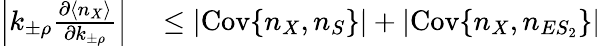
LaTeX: \begin{array}{rl}{\left|k_{\pm\rho}\frac{\partial\langle n_{X}\rangle}{\partial k_{\pm\rho}}\right|}&{{}\leq|\mathrm{Cov}\{ n_{X},n_{S}\} |+|\mathrm{Cov}\{ n_{X},n_{ES_{2}}\} |}\end{array}